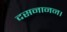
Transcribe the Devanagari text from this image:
दसनानन।